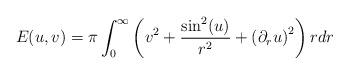
LaTeX: \begin{align*} E_{}(u,v) = \pi \int_{0}^{\infty} \left(v^{2}+\frac{\sin^{2}(u)}{r^{2}} + \left(\partial_{r}u\right)^{2}\right) r dr\end{align*}